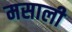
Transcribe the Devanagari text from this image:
मसाली